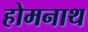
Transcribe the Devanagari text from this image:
होमनाथ